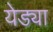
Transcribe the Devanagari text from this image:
येड्या